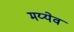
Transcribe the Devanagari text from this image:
मय्येव